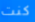
كنت